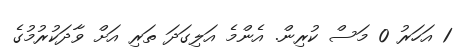
1 އަހަރު 0 މަސް ކުރިން. އެންމެ އަލިގަދަ ތަރި އަށް ވާދަކުރުމުގެ